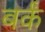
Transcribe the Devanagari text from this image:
बर्कं